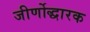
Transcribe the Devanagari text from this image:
जीर्णोद्धारक